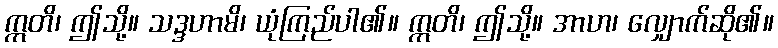
ဣတိ၊ ဤသို့။ သဒ္ဒဟာမိ၊ ယုံကြည်ပါ၏။ ဣတိ၊ ဤသို့။ အာဟ၊ လျှောက်ဆို၏။